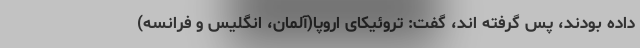
داده بودند، پس گرفته اند، گفت: تروئیکای اروپا(آلمان، انگلیس و فرانسه)